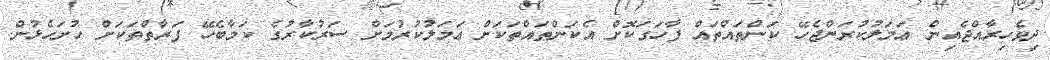
ދިވެހިރާއްޖެއިން ޢަމަލުކުރަންޖެހޭ ކަންތައްތައް ފާހަގަކޮށް އެކަންތައްތަކަށް ޢަމަލުކުރުމަށް ސަރުކާރުގެ ކަމާބެހޭ ފަރާތްތަކަށް ހުށަހެޅުން.